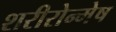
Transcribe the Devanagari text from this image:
शरीरोन्मेष